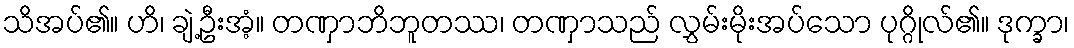
သိအပ်၏။ ဟိ၊ ချဲ့ဦးအံ့။ တဏှာဘိဘူတဿ၊ တဏှာသည် လွှမ်းမိုးအပ်သော ပုဂ္ဂိုလ်၏။ ဒုက္ခာ၊